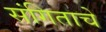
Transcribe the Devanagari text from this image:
संगिताचे